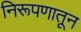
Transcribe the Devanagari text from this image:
निरूपणातून